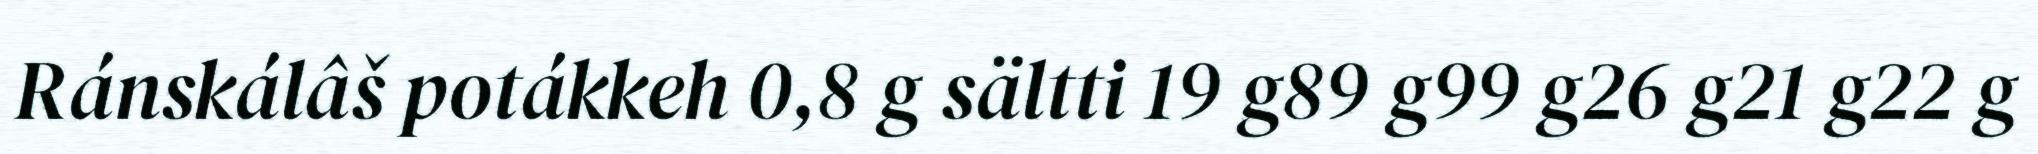
Ránskálâš potákkeh 0,8 g sältti 19 g89 g99 g26 g21 g22 g